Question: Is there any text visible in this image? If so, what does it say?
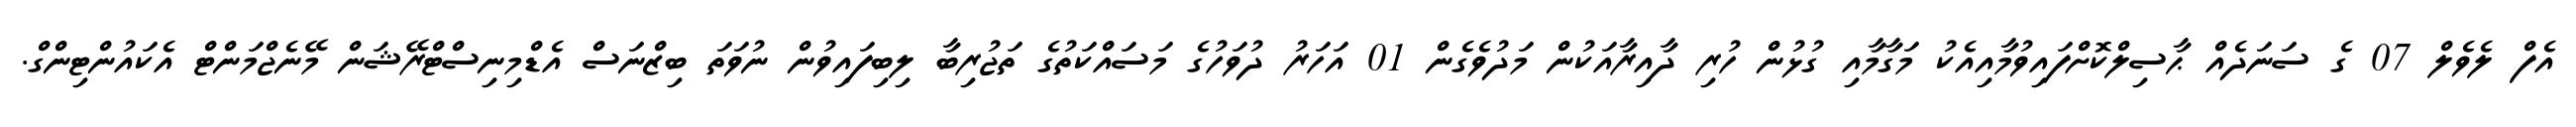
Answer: އެފް ލެވެލް 07 ގެ ސަނަދެއް ޙާސިލްކޮށްފައިވުމާއިއެކު މަގާމާއި ގުޅުން ހުރި ދާއިރާއަކުން މަދުވެގެން 01 އަހަރު ދުވަހުގެ މަސައްކަތުގެ ތަޖުރިބާ ލިބިފައިވުން ނުވަތަ ބިޒްނަސް އެޑްމިނިސްޓްރޭޝަން މޭނެޖްމަންޓް އެކައުންޓިންގް.